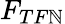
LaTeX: F_{TF\mathbb{N}}